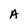
Character: A